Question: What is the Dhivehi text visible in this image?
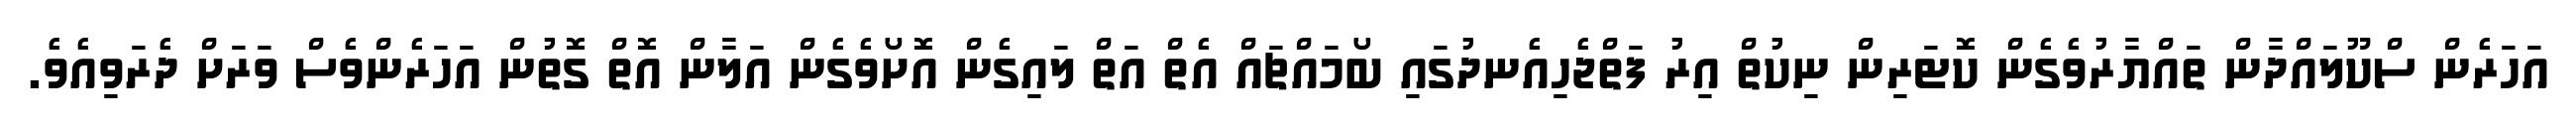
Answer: އަހަރެން ސްކޫލައްދާން ތައްޔާރުވެގެން ކޮޓަރިން ނިކުތް އިރު ފަތްޖެހިއެނދުގައި ބޯމައްޗައް އެތް އަތް ލައިގެން އޮށޯވެގެން އަލާން އޮތް ގޮތުން އަހަރެންވެސް ވަރަށް ދެރަވިއެވެ.